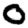
Digit: 0